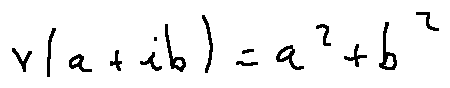
v ( a + i b ) = a ^ { 2 } + b ^ { 2 }